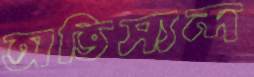
অভিস্যন্দ